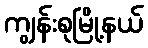
ကျွန်းစုမြို့နယ်